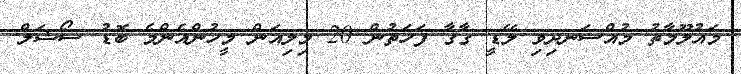
މައުލޫމާތު މުއްސަނދިވި ލޭޑީ ގާގާ ފަހަތުން 20 މިލިއަން މީހުންއެންމެ ބޮޑު ސޯޝަލް